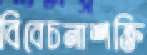
বিবেচনাশক্তি